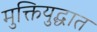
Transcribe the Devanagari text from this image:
मुक्तियुद्धात